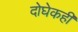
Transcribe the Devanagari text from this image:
दोघेकही